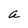
Character: a